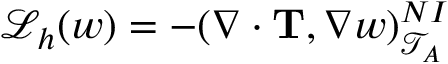
\mathcal { L } _ { h } ( w ) = - ( \nabla \cdot \mathbf { T } , \nabla w ) _ { \mathcal { T } _ { A } } ^ { N I }